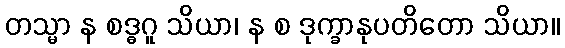
တသ္မာ န စဒ္ဓဂူ သိယာ၊ န စ ဒုက္ခာနုပတိတော သိယာ။